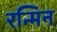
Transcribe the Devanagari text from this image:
रन्मिन